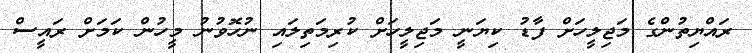
ރައްޔިތުންގެ މަޖިލީހަށް ފާޑު ކިޔަނީ މަޖިލީހަށް ކުރިމަތިލައި ނުހޮވުނު މީހުން ކަމަށް ރައީސް